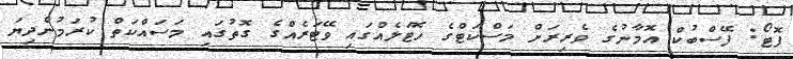
ފޮޓޯ: ފޭސްބުކް އޮމާނުގެ ވެރިރަށް މަސްކަޓްގެ ހޮޓަލެއްގައި ވޭޓަރެއްގެ ގޮތުގައި މަސައްކަތް ކުރަމުންދިޔަ